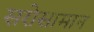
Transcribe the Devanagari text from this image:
सरोसामान